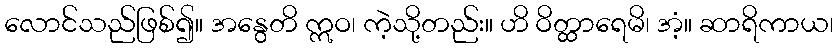
လောင်သည်ဖြစ်၍။ အနွေတိ ဣဝ၊ ကဲ့သို့တည်း။ ဟိ ဝိတ္ထာရေမိ၊ အံ့။ ဆာရိကာယ၊